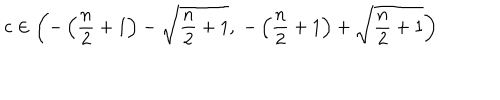
c \in \left( - \left( { \frac { n } { 2 } } + 1 \right) - \sqrt { { \frac { n } { 2 } } + 1 } , \; - \left( { \frac { n } { 2 } } + 1 \right) + \sqrt { { \frac { n } { 2 } } + 1 } \right)